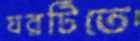
ঘরটিতে